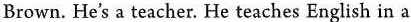
Brown. He's a teacher. He teaches English in a